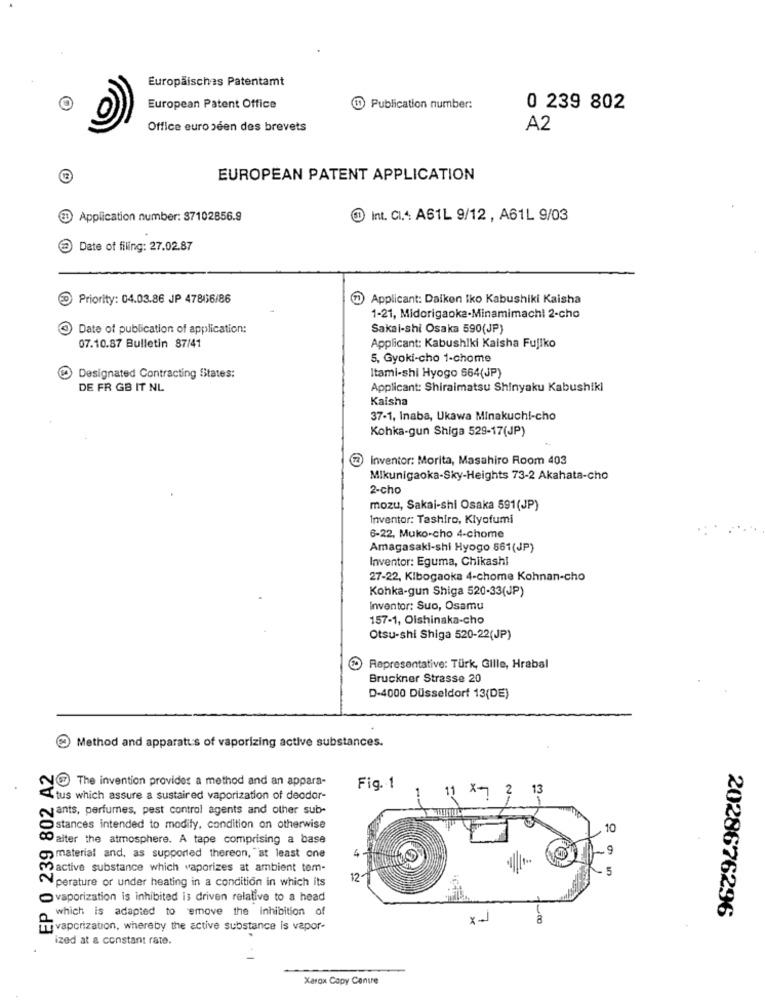
Europäisches Patentamt
European Patent Office
@ Publication number:
0 239 802
Office européen des brevets
A2
EUROPEAN PATENT APPLICATION
Application number: $7102856.9
D Int. CI.4: A61L 9/12 , A61L 9/03
Date of filing: 27.02.87
D Priority: 04.03.86 JP 47866/86
7 Applicant: Daikon Iko Kabushiki Kaisha
1-21, Midorigaoka-Minamimachi 2-cho
Date of publication of application:
Sakal-shi Osaka 590(JP)
07.10.87 Bulletin 87/41
Applicant: Kabushiki Kaisha Fujiko
5, Gyoki-cho 1-chome
Itami-shi Hyogo 564(JP)
Designated Contracting States:
DE FR GB IT NL
Applicant: Shiraimatsu Shinyaku Kabushiki
Kaisha
37-1, Inaba, Ukawa Minakuchi-cho
Kohka-gun Shiga 529-17(JP)
Inventor: Morita, Masahiro Room 403
Mikunigaoka-Sky-Heights 73-2 Akahata-cho
2-cho
mozu, Sakai-shi Osaka 591(JP)
Inventor: Tashiro, Klyofumi
6-22, Muko-cho 4-chome
Amagasaki-shi Hyogo 561(JP)
Inventor: Eguma, Chikashi
27-22, Kibogaoka 4-chome Kohnan-cho
Kohka-gun Shiga 520-33(JP)
Inventor: Suo, Osamu
157-1, Oishinaka-cho
Otsu-shi Shiga 520-22(JP)
Representative: Türk, Gille, Hrabal
Bruckner Strasse 20
D-4000 Düsseldorf 13(DE)
Method and apparatus of vaporizing active substances.
EP 0 239 802 A2
The invention provides a method and an appara-
Fig. 1
11
2
13
Itus which assure a sustained vaporization of deodor-
ants, perfumes, pest control agents and other sub-
stances intended to modify, condition on otherwise
10
alter the atmosphere. A tape comprising a base
6
9
material and, as supported thereon, at least one
active substance which vaporizes at ambient tem-
5
12
perature or under heating in a condition in which its
vaporization is inhibited is driven relative to a head
which is adapted to emove the inhibition of
2028676296
X-
Tvapcrization, whereby the active substance is vapor-
ized at a constant rate.
Xerox Copy Centre